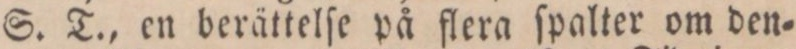
S. T., en berättelſe på flera ſpalter om den=